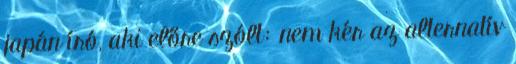
japán író, aki előre szólt: nem kér az alternatív